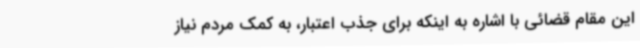
این مقام قضائی با اشاره به اینکه برای جذب اعتبار، به کمک مردم نیاز